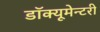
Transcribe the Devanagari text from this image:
डॉक्यूमेन्टरी